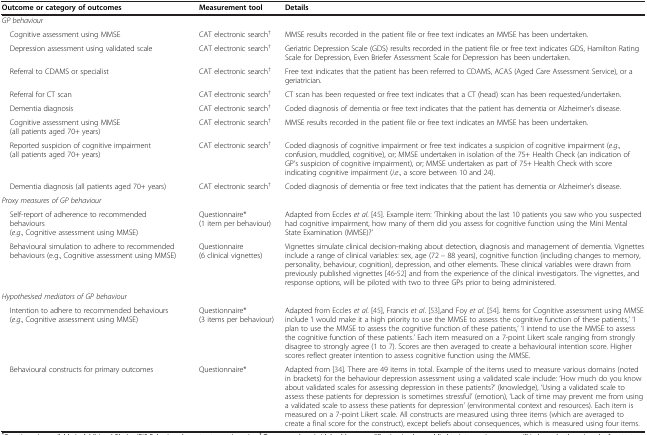
<table><thead><tr><td><b>Outcome or category of outcomes</b></td><td><b>Measurement tool</b></td><td><b>Details</b></td></tr></thead><tbody><tr><td><i>GP behaviour</i></td><td> </td><td> </td></tr><tr><td> Cognitive assessment using MMSE</td><td>CAT electronic search<sup>†</sup></td><td>MMSE results recorded in the patient file or free text indicates an MMSE has been undertaken.</td></tr><tr><td> Depression assessment using validated scale</td><td>CAT electronic search<sup>†</sup></td><td>Geriatric Depression Scale (GDS) results recorded in the patient file or free text indicates GDS, Hamilton Rating Scale for Depression, Even Briefer Assessment Scale for Depression has been undertaken.</td></tr><tr><td> Referral to CDAMS or specialist</td><td>CAT electronic search<sup>†</sup></td><td>Free text indicates that the patient has been referred to CDAMS, ACAS (Aged Care Assessment Service), or a geriatrician.</td></tr><tr><td> Referral for CT scan</td><td>CAT electronic search<sup>†</sup></td><td>CT scan has been requested or free text indicates that a CT (head) scan has been requested/undertaken.</td></tr><tr><td> Dementia diagnosis</td><td>CAT electronic search<sup>†</sup></td><td>Coded diagnosis of dementia or free text indicates that the patient has dementia or Alzheimer’s disease.</td></tr><tr><td> Cognitive assessment using MMSE (all patients aged 70+ years)</td><td>CAT electronic search<sup>†</sup></td><td>MMSE results recorded in the patient file or free text indicates an MMSE has been undertaken.</td></tr><tr><td> Reported suspicion of cognitive impairment (all patients aged 70+ years)</td><td>CAT electronic search<sup>†</sup></td><td>Coded diagnosis of cognitive impairment or free text indicates a suspicion of cognitive impairment (<i>e</i>.<i>g</i>., confusion, muddled, cognitive), or; MMSE undertaken in isolation of the 75+ Health Check (an indication of GP’s suspicion of cognitive impairment), or; MMSE undertaken as part of 75+ Health Check with score indicating cognitive impairment (<i>i</i>.<i>e</i>., a score between 10 and 24).</td></tr><tr><td> Dementia diagnosis (all patients aged 70+ years)</td><td>CAT electronic search<sup>†</sup></td><td>Coded diagnosis of dementia or free text indicates that the patient has dementia or Alzheimer’s disease.</td></tr><tr><td colspan="2"><i>Proxy measures of GP behaviour</i></td><td> </td></tr><tr><td> Self-report of adherence to recommended behaviours (<i>e</i>.<i>g</i>., Cognitive assessment using MMSE)</td><td>Questionnaire* (1 item per behaviour)</td><td>Adapted from Eccles <i>et al</i>. [45]. Example item: ‘Thinking about the last 10 patients you saw who you suspected had cognitive impairment, how many of them did you assess for cognitive function using the Mini Mental State Examination (MMSE)?’</td></tr><tr><td> Behavioural simulation to adhere to recommended behaviours (e.g., Cognitive assessment using MMSE)</td><td>Questionnaire (6 clinical vignettes)</td><td>Vignettes simulate clinical decision-making about detection, diagnosis and management of dementia. Vignettes include a range of clinical variables: sex, age (72 – 88 years), cognitive function (including changes to memory, personality, behaviour, cognition), depression, and other elements. These clinical variables were drawn from previously published vignettes [46-52] and from the experience of the clinical investigators. The vignettes, and response options, will be piloted with two to three GPs prior to being administered.</td></tr><tr><td colspan="2"><i>Hypothesised mediators of GP behaviour</i></td><td> </td></tr><tr><td> Intention to adhere to recommended behaviours (<i>e</i>.<i>g</i>., Cognitive assessment using MMSE)</td><td>Questionnaire* (3 items per behaviour)</td><td>Adapted from Eccles <i>et al</i>. [45], Francis <i>et al</i>. [53],and Foy <i>et al</i>. [54]. Items for Cognitive assessment using MMSE include ‘I would make it a high priority to use the MMSE to assess the cognitive function of these patients,’ ‘I plan to use the MMSE to assess the cognitive function of these patients,’ ‘I intend to use the MMSE to assess the cognitive function of these patients.’ Each item measured on a 7-point Likert scale ranging from strongly disagree to strongly agree (1 to 7). Scores are then averaged to create a behavioural intention score. Higher scores reflect greater intention to assess cognitive function using the MMSE.</td></tr><tr><td> Behavioural constructs for primary outcomes</td><td>Questionnaire*</td><td>Adapted from [34]. There are 49 items in total. Example of the items used to measure various domains (noted in brackets) for the behaviour depression assessment using a validated scale include: ‘How much do you know about validated scales for assessing depression in these patients?’ (knowledge), ‘Using a validated scale to assess these patients for depression is sometimes stressful’ (emotion), ‘Lack of time may prevent me from using a validated scale to assess these patients for depression’ (environmental context and resources). Each item is measured on a 7-point Likert scale. All constructs are measured using three items (which are averaged to create a final score for the construct), except beliefs about consequences, which is measured using four items.</td></tr></tbody></table>